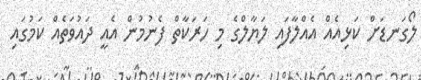
ލޯގަނޑަށް ކަޅިއެއް އެއްލާފައި ލަޔާލްގެ މި ހަރަކާތް ފެނުމުން އެއީ ދައުވަތެއް ކަމުގައި